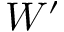
W ^ { \prime }